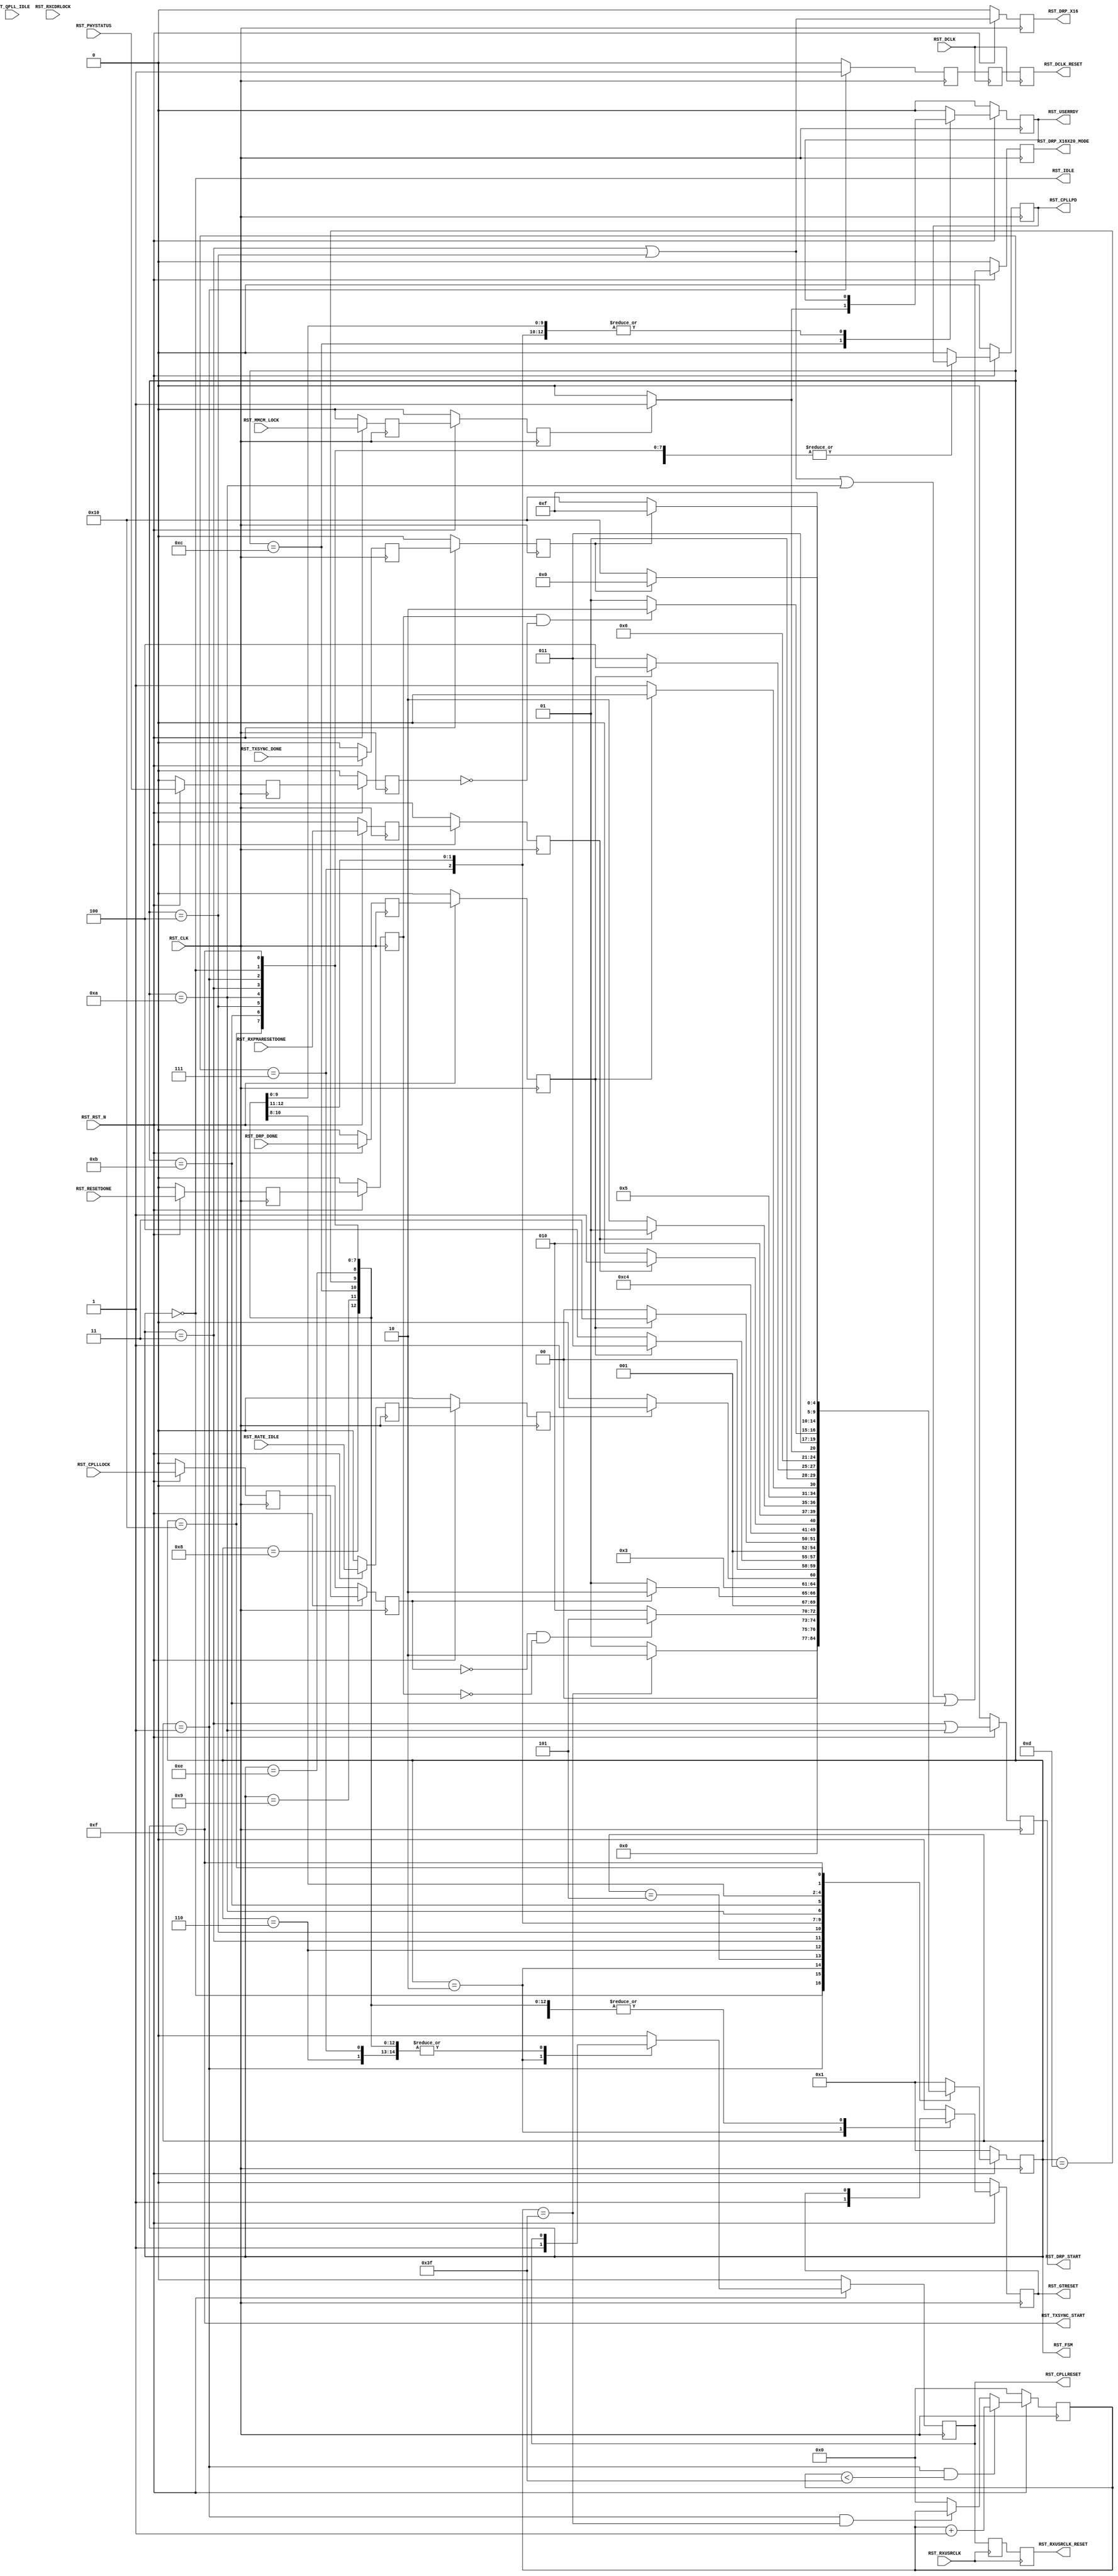
// This program was cloned from: https://github.com/lnls-dig/infra-cores
// License: GNU Lesser General Public License v3.0

//-----------------------------------------------------------------------------
//
// (c) Copyright 2010-2011 Xilinx, Inc. All rights reserved.
//
// This file contains confidential and proprietary information
// of Xilinx, Inc. and is protected under U.S. and
// international copyright and other intellectual property
// laws.
//
// DISCLAIMER
// This disclaimer is not a license and does not grant any
// rights to the materials distributed herewith. Except as
// otherwise provided in a valid license issued to you by
// Xilinx, and to the maximum extent permitted by applicable
// law: (1) THESE MATERIALS ARE MADE AVAILABLE "AS IS" AND
// WITH ALL FAULTS, AND XILINX HEREBY DISCLAIMS ALL WARRANTIES
// AND CONDITIONS, EXPRESS, IMPLIED, OR STATUTORY, INCLUDING
// BUT NOT LIMITED TO WARRANTIES OF MERCHANTABILITY, NON-
// INFRINGEMENT, OR FITNESS FOR ANY PARTICULAR PURPOSE; and
// (2) Xilinx shall not be liable (whether in contract or tort,
// including negligence, or under any other theory of
// liability) for any loss or damage of any kind or nature
// related to, arising under or in connection with these
// materials, including for any direct, or any indirect,
// special, incidental, or consequential loss or damage
// (including loss of data, profits, goodwill, or any type of
// loss or damage suffered as a result of any action brought
// by a third party) even if such damage or loss was
// reasonably foreseeable or Xilinx had been advised of the
// possibility of the same.
//
// CRITICAL APPLICATIONS
// Xilinx products are not designed or intended to be fail-
// safe, or for use in any application requiring fail-safe
// performance, such as life-support or safety devices or
// systems, Class III medical devices, nuclear facilities,
// applications related to the deployment of airbags, or any
// other applications that could lead to death, personal
// injury, or severe property or environmental damage
// (individually and collectively, "Critical
// Applications"). Customer assumes the sole risk and
// liability of any use of Xilinx products in Critical
// Applications, subject only to applicable laws and
// regulations governing limitations on product liability.
//
// THIS COPYRIGHT NOTICE AND DISCLAIMER MUST BE RETAINED AS
// PART OF THIS FILE AT ALL TIMES.
//
//-----------------------------------------------------------------------------
// Project    : Series-7 Integrated Block for PCI Express
// Version    : 3.3
//------------------------------------------------------------------------------
//  Description  :  PIPE Reset Module for 7 Series Transceiver
//  Version      :  20.2
//------------------------------------------------------------------------------



`timescale 1ns / 1ps



//---------- PIPE Reset Module -------------------------------------------------
(* DowngradeIPIdentifiedWarnings = "yes" *)
module pcie_core_pipe_reset #
(

    //---------- Global ------------------------------------
    parameter PCIE_SIM_SPEEDUP  = "FALSE",                  // PCIe sim speedup
    parameter PCIE_GT_DEVICE    = "GTX",
    parameter PCIE_PLL_SEL      = "CPLL",                   // PCIe PLL select for Gen1/Gen2 only
    parameter PCIE_POWER_SAVING = "TRUE",                   // PCIe power saving
    parameter PCIE_TXBUF_EN     = "FALSE",                  // PCIe TX buffer enable
    parameter PCIE_LANE         = 1,                        // PCIe number of lanes
    //---------- Local -------------------------------------
    parameter CFG_WAIT_MAX      = 6'd63,                    // Configuration wait max
    parameter BYPASS_RXCDRLOCK  = 1                         // Bypass RXCDRLOCK

)

(

    //---------- Input -------------------------------------
    input                           RST_CLK,
    input                           RST_RXUSRCLK,
    input                           RST_DCLK,
    input                           RST_RST_N,
    input       [PCIE_LANE-1:0]     RST_DRP_DONE,
    input       [PCIE_LANE-1:0]     RST_RXPMARESETDONE,
    input       [PCIE_LANE-1:0]     RST_CPLLLOCK,
    input                           RST_QPLL_IDLE,
    input       [PCIE_LANE-1:0]     RST_RATE_IDLE,
    input       [PCIE_LANE-1:0]     RST_RXCDRLOCK,
    input                           RST_MMCM_LOCK,
    input       [PCIE_LANE-1:0]     RST_RESETDONE,
    input       [PCIE_LANE-1:0]     RST_PHYSTATUS,
    input       [PCIE_LANE-1:0]     RST_TXSYNC_DONE,
    
    //---------- Output ------------------------------------
    output                          RST_CPLLRESET,
    output                          RST_CPLLPD,
    output reg                      RST_DRP_START,
    output reg                      RST_DRP_X16X20_MODE,
    output reg                      RST_DRP_X16,
    output                          RST_RXUSRCLK_RESET,
    output                          RST_DCLK_RESET,
    output                          RST_GTRESET,
    output                          RST_USERRDY,
    output                          RST_TXSYNC_START,
    output                          RST_IDLE,
    output      [4:0]               RST_FSM

);

    //---------- Input Register ----------------------------
(* ASYNC_REG = "TRUE", SHIFT_EXTRACT = "NO" *)    reg         [PCIE_LANE-1:0]     drp_done_reg1;
(* ASYNC_REG = "TRUE", SHIFT_EXTRACT = "NO" *)    reg         [PCIE_LANE-1:0]     rxpmaresetdone_reg1;
(* ASYNC_REG = "TRUE", SHIFT_EXTRACT = "NO" *)    reg         [PCIE_LANE-1:0]     cplllock_reg1;
(* ASYNC_REG = "TRUE", SHIFT_EXTRACT = "NO" *)    reg                             qpll_idle_reg1;
(* ASYNC_REG = "TRUE", SHIFT_EXTRACT = "NO" *)    reg         [PCIE_LANE-1:0]     rate_idle_reg1;
(* ASYNC_REG = "TRUE", SHIFT_EXTRACT = "NO" *)    reg         [PCIE_LANE-1:0]     rxcdrlock_reg1;
(* ASYNC_REG = "TRUE", SHIFT_EXTRACT = "NO" *)    reg                             mmcm_lock_reg1;
(* ASYNC_REG = "TRUE", SHIFT_EXTRACT = "NO" *)    reg         [PCIE_LANE-1:0]     resetdone_reg1;
(* ASYNC_REG = "TRUE", SHIFT_EXTRACT = "NO" *)    reg         [PCIE_LANE-1:0]     phystatus_reg1;
(* ASYNC_REG = "TRUE", SHIFT_EXTRACT = "NO" *)    reg         [PCIE_LANE-1:0]     txsync_done_reg1;  
    
(* ASYNC_REG = "TRUE", SHIFT_EXTRACT = "NO" *)    reg         [PCIE_LANE-1:0]     drp_done_reg2;
(* ASYNC_REG = "TRUE", SHIFT_EXTRACT = "NO" *)    reg         [PCIE_LANE-1:0]     rxpmaresetdone_reg2;
(* ASYNC_REG = "TRUE", SHIFT_EXTRACT = "NO" *)    reg         [PCIE_LANE-1:0]     cplllock_reg2;
(* ASYNC_REG = "TRUE", SHIFT_EXTRACT = "NO" *)    reg                             qpll_idle_reg2;
(* ASYNC_REG = "TRUE", SHIFT_EXTRACT = "NO" *)    reg         [PCIE_LANE-1:0]     rate_idle_reg2;
(* ASYNC_REG = "TRUE", SHIFT_EXTRACT = "NO" *)    reg         [PCIE_LANE-1:0]     rxcdrlock_reg2;
(* ASYNC_REG = "TRUE", SHIFT_EXTRACT = "NO" *)    reg                             mmcm_lock_reg2;
(* ASYNC_REG = "TRUE", SHIFT_EXTRACT = "NO" *)    reg         [PCIE_LANE-1:0]     resetdone_reg2;
(* ASYNC_REG = "TRUE", SHIFT_EXTRACT = "NO" *)    reg         [PCIE_LANE-1:0]     phystatus_reg2;
(* ASYNC_REG = "TRUE", SHIFT_EXTRACT = "NO" *)    reg         [PCIE_LANE-1:0]     txsync_done_reg2;
    
    //---------- Internal Signal ---------------------------
    reg         [ 5:0]              cfg_wait_cnt      =  6'd0;
    
    //---------- Output Register ---------------------------
    reg                             cpllreset         =  1'd0;
    reg                             cpllpd            =  1'd0;
(* ASYNC_REG = "TRUE", SHIFT_EXTRACT = "NO" *)    reg                             rxusrclk_rst_reg1 =  1'd0;
(* ASYNC_REG = "TRUE", SHIFT_EXTRACT = "NO" *)    reg                             rxusrclk_rst_reg2 =  1'd0;
                                                  reg                             dclk_rst          =  1'd0;
(* ASYNC_REG = "TRUE", SHIFT_EXTRACT = "NO" *)    reg                             dclk_rst_reg1     =  1'd0;
(* ASYNC_REG = "TRUE", SHIFT_EXTRACT = "NO" *)    reg                             dclk_rst_reg2     =  1'd0;
    reg                             gtreset           =  1'd0;
    reg                             userrdy           =  1'd0;
    reg         [4:0]               fsm               =  5'h2;
   
    //---------- FSM ---------------------------------------                                         
    localparam                      FSM_IDLE             = 5'h0;
    localparam                      FSM_CFG_WAIT         = 5'h1;
    localparam                      FSM_CPLLRESET        = 5'h2;
    localparam                      FSM_DRP_X16_START    = 5'h3;
    localparam                      FSM_DRP_X16_DONE     = 5'h4;
    localparam                      FSM_CPLLLOCK         = 5'h5;
    localparam                      FSM_DRP              = 5'h6;
    localparam                      FSM_GTRESET          = 5'h7;
    localparam                      FSM_RXPMARESETDONE_1 = 5'h8;
    localparam                      FSM_RXPMARESETDONE_2 = 5'h9;
    localparam                      FSM_DRP_X20_START    = 5'hA;
    localparam                      FSM_DRP_X20_DONE     = 5'hB;
    localparam                      FSM_MMCM_LOCK        = 5'hC;
    localparam                      FSM_RESETDONE        = 5'hD;
    localparam                      FSM_CPLL_PD          = 5'hE;
    localparam                      FSM_TXSYNC_START     = 5'hF;
    localparam                      FSM_TXSYNC_DONE      = 5'h10;

    

//---------- Input FF ----------------------------------------------------------
always @ (posedge RST_CLK)
begin

    if (!RST_RST_N)
        begin    
        //---------- 1st Stage FF --------------------------    
        drp_done_reg1       <= {PCIE_LANE{1'd0}};   
        rxpmaresetdone_reg1 <= {PCIE_LANE{1'd0}}; 
        cplllock_reg1       <= {PCIE_LANE{1'd0}}; 
        qpll_idle_reg1      <= 1'd0;
        rate_idle_reg1      <= {PCIE_LANE{1'd0}}; 
        rxcdrlock_reg1      <= {PCIE_LANE{1'd0}}; 
        mmcm_lock_reg1      <= 1'd0; 
        resetdone_reg1      <= {PCIE_LANE{1'd0}}; 
        phystatus_reg1      <= {PCIE_LANE{1'd0}}; 
        txsync_done_reg1    <= {PCIE_LANE{1'd0}}; 
        //---------- 2nd Stage FF --------------------------
        drp_done_reg2       <= {PCIE_LANE{1'd0}};
        rxpmaresetdone_reg2 <= {PCIE_LANE{1'd0}}; 
        cplllock_reg2       <= {PCIE_LANE{1'd0}}; 
        qpll_idle_reg2      <= 1'd0;
        rate_idle_reg2      <= {PCIE_LANE{1'd0}}; 
        rxcdrlock_reg2      <= {PCIE_LANE{1'd0}}; 
        mmcm_lock_reg2      <= 1'd0;
        resetdone_reg2      <= {PCIE_LANE{1'd0}}; 
        phystatus_reg2      <= {PCIE_LANE{1'd0}}; 
        txsync_done_reg2    <= {PCIE_LANE{1'd0}}; 
        end
    else
        begin  
        //---------- 1st Stage FF --------------------------  
        drp_done_reg1       <= RST_DRP_DONE; 
        rxpmaresetdone_reg1 <= RST_RXPMARESETDONE;   
        cplllock_reg1       <= RST_CPLLLOCK;
        qpll_idle_reg1      <= RST_QPLL_IDLE;
        rate_idle_reg1      <= RST_RATE_IDLE;
        rxcdrlock_reg1      <= RST_RXCDRLOCK;
        mmcm_lock_reg1      <= RST_MMCM_LOCK;
        resetdone_reg1      <= RST_RESETDONE;
        phystatus_reg1      <= RST_PHYSTATUS;
        txsync_done_reg1    <= RST_TXSYNC_DONE;
        //---------- 2nd Stage FF --------------------------
        drp_done_reg2       <= drp_done_reg1;
        rxpmaresetdone_reg2 <= rxpmaresetdone_reg1;
        cplllock_reg2       <= cplllock_reg1;
        qpll_idle_reg2      <= qpll_idle_reg1;
        rate_idle_reg2      <= rate_idle_reg1;
        rxcdrlock_reg2      <= rxcdrlock_reg1;
        mmcm_lock_reg2      <= mmcm_lock_reg1;
        resetdone_reg2      <= resetdone_reg1;
        phystatus_reg2      <= phystatus_reg1;
        txsync_done_reg2    <= txsync_done_reg1;   
        end
        
end    



//---------- Configuration Reset Wait Counter ----------------------------------
always @ (posedge RST_CLK)
begin

    if (!RST_RST_N)
        cfg_wait_cnt <= 6'd0;
    else
    
        //---------- Increment Configuration Reset Wait Counter
        if ((fsm == FSM_CFG_WAIT) && (cfg_wait_cnt < CFG_WAIT_MAX))
            cfg_wait_cnt <= cfg_wait_cnt + 6'd1;
            
        //---------- Hold Configuration Reset Wait Counter -
        else if ((fsm == FSM_CFG_WAIT) && (cfg_wait_cnt == CFG_WAIT_MAX))
            cfg_wait_cnt <= cfg_wait_cnt;
            
        //---------- Reset Configuration Reset Wait Counter 
        else
            cfg_wait_cnt <= 6'd0;
        
end 



//---------- PIPE Reset FSM ----------------------------------------------------
always @ (posedge RST_CLK)
begin

    if (!RST_RST_N)
        begin
        fsm       <= FSM_CFG_WAIT;
        cpllreset <= 1'd0;
        cpllpd    <= 1'd0;
        gtreset   <= 1'd0;
        userrdy   <= 1'd0;
        end
    else
        begin
        
        case (fsm)
            
        //---------- Idle State ----------------------------
        FSM_IDLE :
        
            begin
            if (!RST_RST_N)
                begin
                fsm       <= FSM_CFG_WAIT;
                cpllreset <= 1'd0;
                cpllpd    <= 1'd0;
                gtreset   <= 1'd0;
                userrdy   <= 1'd0;
                end
            else
                begin
                fsm       <= FSM_IDLE;
                cpllreset <= cpllreset;
                cpllpd    <= cpllpd;
                gtreset   <= gtreset;
                userrdy   <= userrdy;
                end
            end  
            
        //----------  Wait for Configuration Reset Delay ---
        FSM_CFG_WAIT :
          
            begin
            fsm       <= ((cfg_wait_cnt == CFG_WAIT_MAX) ? FSM_CPLLRESET : FSM_CFG_WAIT);
            cpllreset <= cpllreset;
            cpllpd    <= cpllpd;
            gtreset   <= gtreset;
            userrdy   <= userrdy;
            end 
            
        //---------- Hold CPLL and GTX Channel in Reset ----
        FSM_CPLLRESET :
        
            begin
            fsm       <= ((&(~cplllock_reg2) && (&(~resetdone_reg2))) ?  FSM_CPLLLOCK : FSM_CPLLRESET);
            cpllreset <= 1'd1;
            cpllpd    <= cpllpd;
            gtreset   <= 1'd1;
            userrdy   <= userrdy;
            end  

        //---------- Wait for CPLL Lock --------------------
        FSM_CPLLLOCK :
        
            begin
            fsm       <= (&cplllock_reg2 ? FSM_DRP : FSM_CPLLLOCK);
            cpllreset <= 1'd0;
            cpllpd    <= cpllpd;
            gtreset   <= gtreset;
            userrdy   <= userrdy;
            end

        //---------- Wait for DRP Done to Setup Gen1 -------
        FSM_DRP :
        
            begin
            fsm       <= (&rate_idle_reg2 ? ((PCIE_GT_DEVICE == "GTX") ? FSM_GTRESET : FSM_DRP_X16_START) : FSM_DRP);
            cpllreset <= cpllreset;
            cpllpd    <= cpllpd;
            gtreset   <= gtreset;
            userrdy   <= userrdy;
            end

        //---------- Start DRP x16 -------------------------
        FSM_DRP_X16_START :
            
            begin
            fsm       <= &(~drp_done_reg2) ? FSM_DRP_X16_DONE : FSM_DRP_X16_START;
            cpllreset <= cpllreset;
            cpllpd    <= cpllpd;
            gtreset   <= gtreset;
            userrdy   <= userrdy;
            end
            
        //---------- Wait for DRP x16 Done -----------------    
        FSM_DRP_X16_DONE :
        
            begin  
            fsm       <= (&drp_done_reg2) ? FSM_GTRESET : FSM_DRP_X16_DONE;
            cpllreset <= cpllreset;
            cpllpd    <= cpllpd;
            gtreset   <= gtreset;
            userrdy   <= userrdy;
            end  

        //---------- Release GTX Channel Reset -------------
        FSM_GTRESET :
        
            begin
            fsm       <= (PCIE_GT_DEVICE == "GTX") ? FSM_MMCM_LOCK : FSM_RXPMARESETDONE_1;
            cpllreset <= cpllreset;
            cpllpd    <= cpllpd;
            gtreset   <= 1'b0;
            userrdy   <= userrdy;
            end
            
        //---------- Wait for RXPMARESETDONE Assertion -----
        FSM_RXPMARESETDONE_1 :
        
            begin
            fsm       <= (&rxpmaresetdone_reg2 || (PCIE_SIM_SPEEDUP == "TRUE")) ? FSM_RXPMARESETDONE_2 : FSM_RXPMARESETDONE_1;
            cpllreset <= cpllreset;
            cpllpd    <= cpllpd;
            gtreset   <= gtreset;
            userrdy   <= userrdy;
            end  

        //---------- Wait for RXPMARESETDONE De-assertion --
        FSM_RXPMARESETDONE_2 :
        
            begin
            fsm       <= (&(~rxpmaresetdone_reg2) || (PCIE_SIM_SPEEDUP == "TRUE")) ? FSM_DRP_X20_START : FSM_RXPMARESETDONE_2;
            cpllreset <= cpllreset;
            cpllpd    <= cpllpd;
            gtreset   <= gtreset;
            userrdy   <= userrdy;
            end  
            
        //---------- Start DRP x20 -------------------------
        FSM_DRP_X20_START :
            
            begin
            fsm       <= &(~drp_done_reg2) ? FSM_DRP_X20_DONE : FSM_DRP_X20_START;
            cpllreset <= cpllreset;
            cpllpd    <= cpllpd;
            gtreset   <= gtreset;
            userrdy   <= userrdy;
            end
            
        //---------- Wait for DRP x20 Done -----------------    
        FSM_DRP_X20_DONE :
        
            begin  
            fsm       <= (&drp_done_reg2) ? FSM_MMCM_LOCK : FSM_DRP_X20_DONE;
            cpllreset <= cpllreset;
            cpllpd    <= cpllpd;
            gtreset   <= gtreset;
            userrdy   <= userrdy;
            end   

        //---------- Wait for MMCM and RX CDR Lock ---------
        FSM_MMCM_LOCK :
        
            begin  
            if (mmcm_lock_reg2 && (&rxcdrlock_reg2 || (BYPASS_RXCDRLOCK == 1)) && (qpll_idle_reg2 || (PCIE_PLL_SEL == "CPLL")))
                begin
                fsm       <= FSM_RESETDONE;
                cpllreset <= cpllreset;
                cpllpd    <= cpllpd;
                gtreset   <= gtreset;
                userrdy   <= 1'd1;
                end
            else
                begin
                fsm       <= FSM_MMCM_LOCK;
                cpllreset <= cpllreset;
                cpllpd    <= cpllpd;
                gtreset   <= gtreset;
                userrdy   <= 1'd0;
                end
            end

        //---------- Wait for [TX/RX]RESETDONE and PHYSTATUS 
        FSM_RESETDONE :
        
            begin
            fsm       <= (&resetdone_reg2 && (&(~phystatus_reg2)) ? FSM_CPLL_PD : FSM_RESETDONE);  
            cpllreset <= cpllreset;
            cpllpd    <= cpllpd;
            gtreset   <= gtreset;
            userrdy   <= userrdy;
            end
            
        //---------- Power-Down CPLL if QPLL is Used for Gen1/Gen2
        FSM_CPLL_PD :
        
            begin
            fsm       <= ((PCIE_TXBUF_EN == "TRUE") ? FSM_IDLE : FSM_TXSYNC_START);
            cpllreset <= cpllreset;
            cpllpd    <= (PCIE_PLL_SEL == "QPLL");
            gtreset   <= gtreset;
            userrdy   <= userrdy;
            end
        
        //---------- Start TX Sync -------------------------
        FSM_TXSYNC_START :
        
            begin
            fsm       <= (&(~txsync_done_reg2) ? FSM_TXSYNC_DONE : FSM_TXSYNC_START);
            cpllreset <= cpllreset;
            cpllpd    <= cpllpd;
            gtreset   <= gtreset;
            userrdy   <= userrdy;
            end
            
        //---------- Wait for TX Sync Done -----------------
        FSM_TXSYNC_DONE :
        
            begin
            fsm       <= (&txsync_done_reg2 ? FSM_IDLE : FSM_TXSYNC_DONE);
            cpllreset <= cpllreset;
            cpllpd    <= cpllpd;
            gtreset   <= gtreset;
            userrdy   <= userrdy;
            end     
            
        //---------- Default State -------------------------
        default :
        
            begin
            fsm       <= FSM_CFG_WAIT;
            cpllreset <= 1'd0;
            cpllpd    <= 1'd0;
            gtreset   <= 1'd0;
            userrdy   <= 1'd0;
            end

        endcase
        
        end
        
end



//---------- RXUSRCLK Reset Synchronizer ---------------------------------------
always @ (posedge RST_RXUSRCLK)
begin

    rxusrclk_rst_reg1 <= cpllreset;
    rxusrclk_rst_reg2 <= rxusrclk_rst_reg1;
          
end  



//---------- DCLK Reset Synchronizer -------------------------------------------
always @ (posedge RST_CLK)
begin

    if (fsm == FSM_CFG_WAIT)
        begin
        dclk_rst      <= 1'd1;
        end
    else
        begin
        dclk_rst      <= 1'd0;
        end
end

always @ (posedge RST_DCLK)
begin

    dclk_rst_reg1 <= dclk_rst;
    dclk_rst_reg2 <= dclk_rst_reg1;

end  



//---------- PIPE Reset Output -------------------------------------------------
assign RST_CPLLRESET       = cpllreset; 
assign RST_CPLLPD          = ((PCIE_POWER_SAVING == "FALSE") ? 1'd0 : cpllpd);
assign RST_RXUSRCLK_RESET  = rxusrclk_rst_reg2;
assign RST_DCLK_RESET      = dclk_rst_reg2;
assign RST_GTRESET         = gtreset;  
assign RST_USERRDY         = userrdy;
assign RST_TXSYNC_START    = (fsm == FSM_TXSYNC_START);
assign RST_IDLE            = (fsm == FSM_IDLE);
assign RST_FSM             = fsm;                   




//--------------------------------------------------------------------------------------------------
//  Register Output
//--------------------------------------------------------------------------------------------------
always @ (posedge RST_CLK)
begin

    if (!RST_RST_N) 
        begin
        RST_DRP_START       <= 1'd0;
        RST_DRP_X16X20_MODE <= 1'd0; 
        RST_DRP_X16         <= 1'd0;
        end
    else
        begin
        RST_DRP_START       <= (fsm == FSM_DRP_X16_START) || (fsm == FSM_DRP_X20_START); 
        RST_DRP_X16X20_MODE <= (fsm == FSM_DRP_X16_START) || (fsm == FSM_DRP_X16_DONE) || (fsm == FSM_DRP_X20_START) || (fsm == FSM_DRP_X20_DONE);
        RST_DRP_X16         <= (fsm == FSM_DRP_X16_START) || (fsm == FSM_DRP_X16_DONE);
        end
        
end  



endmodule